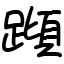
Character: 蹞